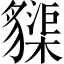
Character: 䝣